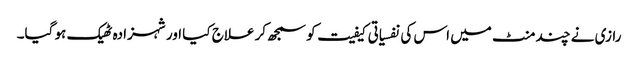
رازی نے چند منٹ میں اس کی نفسیاتی کیفیت کو سمجھ کر علاج کیا اور شہزادہ ٹھیک ہو گیا۔